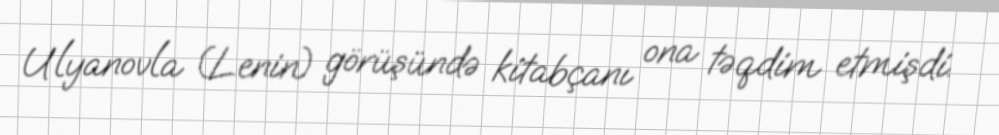
Ulyanovla (Lenin) görüşündə kitabçanı ona təqdim etmişdi.